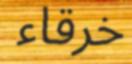
خرقاء